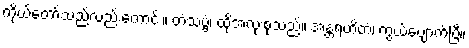
ကိုယ်တော်သည်လည်းကောင်း။ တံသဗ္ဗံ၊ ထိုအလုံးစုံသည်။ အန္တရဟိတံ၊ ကွယ်ပျောက်ပြီ။